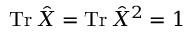
\operatorname { T r } \hat { X } = \operatorname { T r } \hat { X } ^ { 2 } = 1